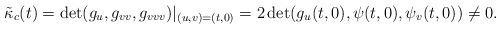
LaTeX: \begin{align*} \tilde{\kappa}_c (t) = \det(g_u,g_{vv},g_{vvv})|_{(u,v)=(t,0)} = 2\det(g_u(t,0),\psi(t,0),\psi_v(t,0))\neq 0. \end{align*}